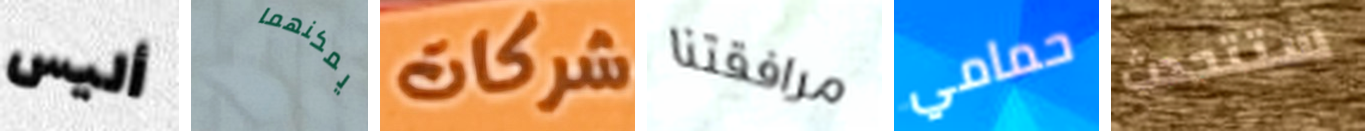
أليس يمكنهما شركات مرافقتنا حمامي ستتحدث